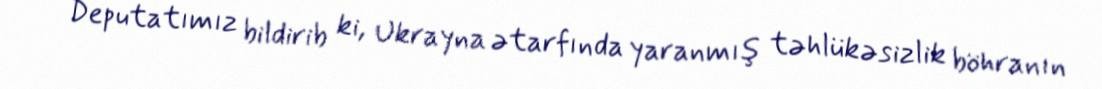
Deputatımız bildirib ki, Ukrayna ətarfında yaranmış təhlükəsizlik böhranın